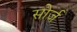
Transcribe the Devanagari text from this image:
सोर्ज